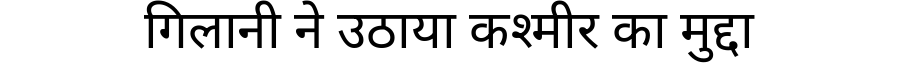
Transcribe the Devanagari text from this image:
गिलानी ने उठाया कश्मीर का मुद्दा